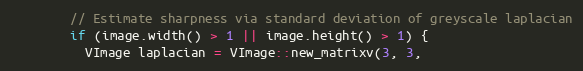
Language: C++
        // Estimate sharpness via standard deviation of greyscale laplacian
        if (image.width() > 1 || image.height() > 1) {
          VImage laplacian = VImage::new_matrixv(3, 3,